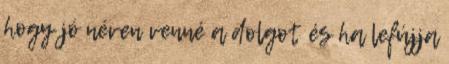
hogy jó néven venné a dolgot és ha lefújja